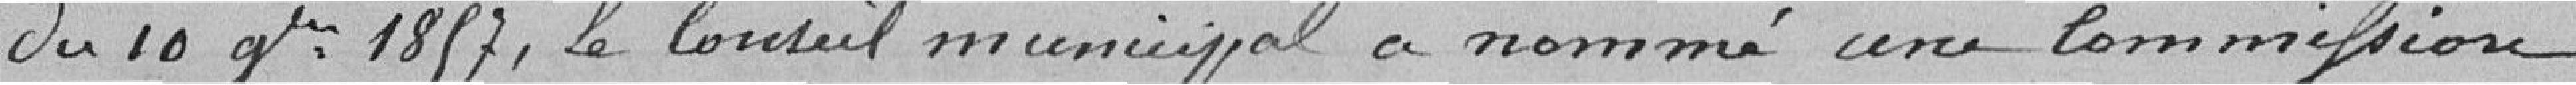
du 10 (septembre) ? 1857, le Conseil Municipal a nommé une commission